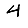
Digit: 4